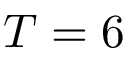
T = 6